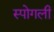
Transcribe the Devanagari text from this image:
स्पोगली